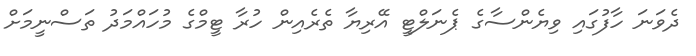
ދެވަނަ ހާފުގައި ވިޔެންސާގެ ޕެނަލްޓީ އޭރިޔާ ތެރެއިން ހުރާ ޓީމްގެ މުހައްމަދު ތަސްނީމަށް